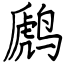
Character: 䴘